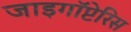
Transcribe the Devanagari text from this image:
जाइगॉप्टेरिस